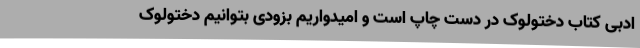
ادبی کتاب دختولوک در دست چاپ است و امیدواریم بزودی بتوانیم دختولوک